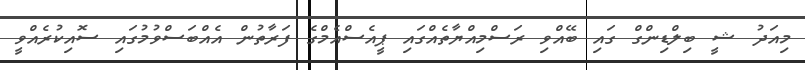
މިއަދު ޝީ ބިލްޑިންގް ގައި ބޭއްވި ރަސްމިއްޔާތެއްގައި ޕީއެސްއެމްގެ ފަރާތުން އެއްބަސްވުމުގައި ސޮއިކުރެއްވީ